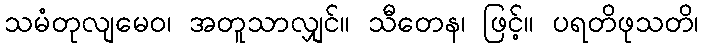
သမံတုလျမေဝ၊ အတူသာလျှင်။ သီတေန၊ ဖြင့်။ ပရတိဖုသတိ၊